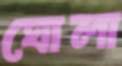
ঘোলা